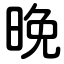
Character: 晩